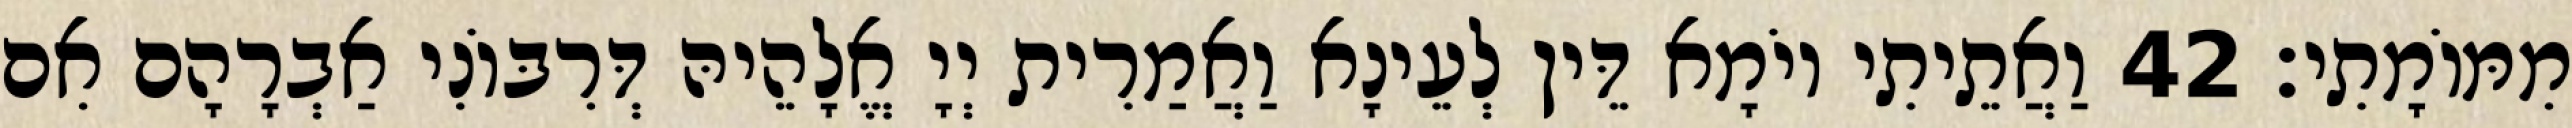
מִמּוֹמָתִי׃ 42 וַאֲתֵיתִי יוֹמָא דֵּין לְעֵינָא וַאֲמַרִית יְיָ אֱלָהֵיהּ דְּרִבּוֹנִי אַבְרָהָם אִם